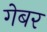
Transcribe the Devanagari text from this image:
गेबर